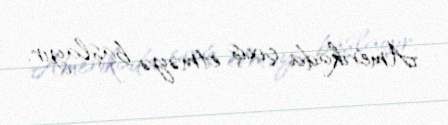
Amerikada çıxış etməyə başlayır.